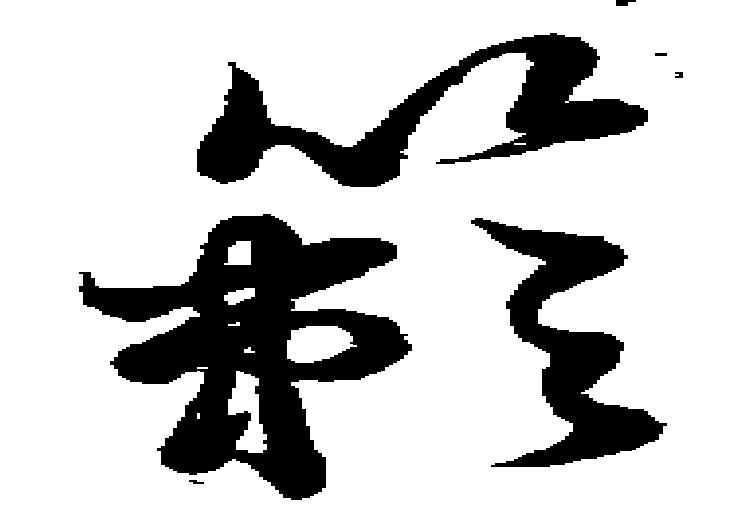
籟